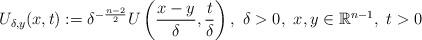
LaTeX: \begin{align*}U_{\delta,y}(x,t):=\delta^{-{n-2\over2}}U\left({x-y\over\delta},{t\over\delta}\right),\ \delta>0,\ x,y\in\mathbb R^{n-1},\ t>0\end{align*}